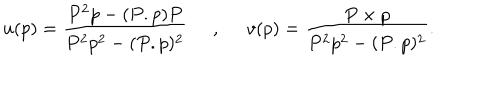
u ( p ) = \frac { P ^ { 2 } p - ( P . p ) P } { P ^ { 2 } p ^ { 2 } - ( P . p ) ^ { 2 } } \; \; , \; \; v ( p ) = \frac { P \times p } { P ^ { 2 } p ^ { 2 } - ( P . p ) ^ { 2 } } .